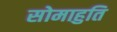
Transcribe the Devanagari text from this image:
सोमाहुति